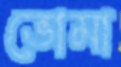
ভোমা